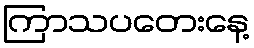
ကြာသပတေးနေ့